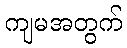
ကျမအတွက်